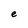
Character: e